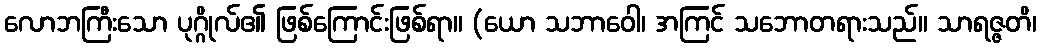
လောဘကြီးသော ပုဂ္ဂိုလ်၏ ဖြစ်ကြောင်းဖြစ်ရာ။ (ယော သဘာဝေါ၊ အကြင် သဘောတရားသည်။ သာရဇ္ဇတိ၊